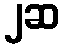
၂ဆ